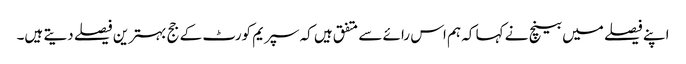
اپنے فیصلے میں بینچ نے کہا کہ ہم اس رائے سے متفق ہیں کہ سپریم کورٹ کے جج بہترین فیصلے دیتے ہیں۔